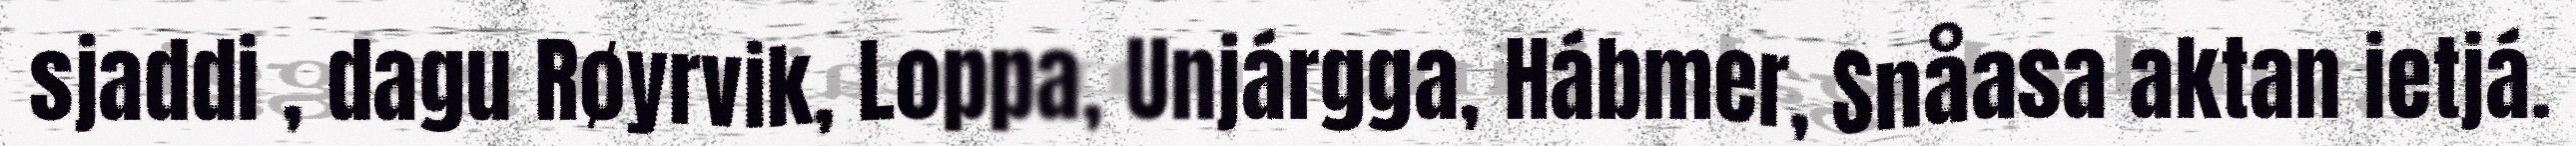
sjaddi , dagu Røyrvik, Loppa, Unjárgga, Hábmer, Snåasa aktan ietjá.